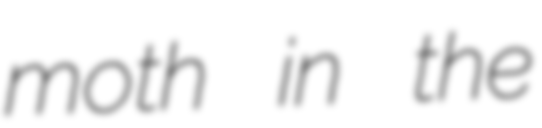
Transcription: moth in the